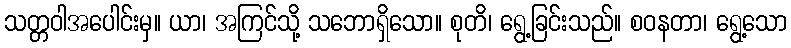
သတ္တဝါအပေါင်းမှ။ ယာ၊ အကြင်သို့ သဘောရှိသော။ စုတိ၊ ရွေ့ခြင်းသည်။ စဝနတာ၊ ရွေ့သော